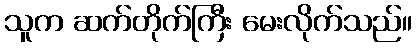
သူက ဆက်တိုက်ကြီး မေးလိုက်သည်။